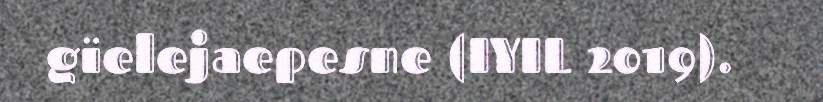
gïelejaepesne (IYIL 2019).